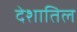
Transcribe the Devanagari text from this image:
देशातिल